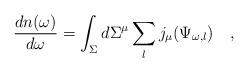
LaTeX: \begin{align*} {dn(\omega) \over d\omega}=\int_{\Sigma} d\Sigma^\mu \sum_l j_\mu(\Psi_{\omega,l})~~~,\end{align*}